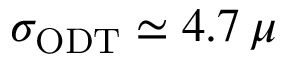
\sigma _ { \mathrm { O D T } } \simeq 4 . 7 \, \mu